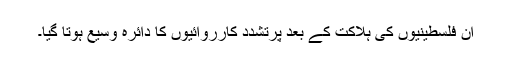
ان فلسطینیوں کی ہلاکت کے بعد پرتشدد کارروائیوں کا دائرہ وسیع ہوتا گیا۔